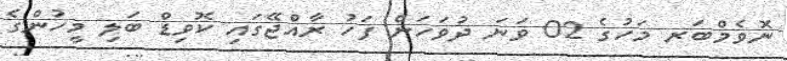
ނޮވެމްބަރ މަހުގެ 02 ވަނަ ދުވަހަށް ފަހު ރާއްޖޭގައި ކޮވިޑް ބަލި މީހުންގެ